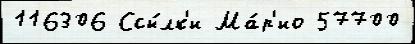
116306 Ссы́лк'и Ма́р'ио 57700